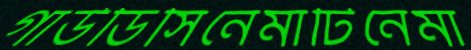
গাউডিসিনেমাটিনেমা